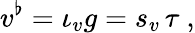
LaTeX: v^{\flat}=\iota_{v}g=s_{v}\, \tau\ ,